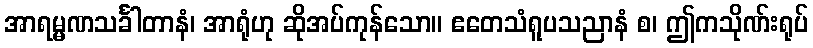
အာရမ္မဏသင်္ခါတာနံ၊ အာရုံဟု ဆိုအပ်ကုန်သော။ ဧတေသံရူပသညာနံ စ၊ ဤကသိုဏ်းရုပ်